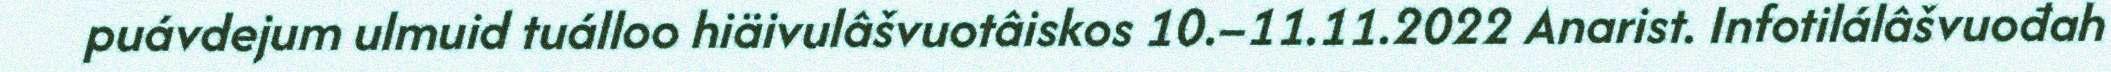
puávdejum ulmuid tuálloo hiäivulâšvuotâiskos 10.–11.11.2022 Anarist. Infotilálâšvuođah